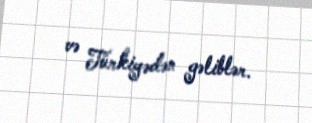
və Türkiyədən gəliblər.